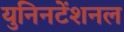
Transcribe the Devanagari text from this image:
युनिनटेंशनल